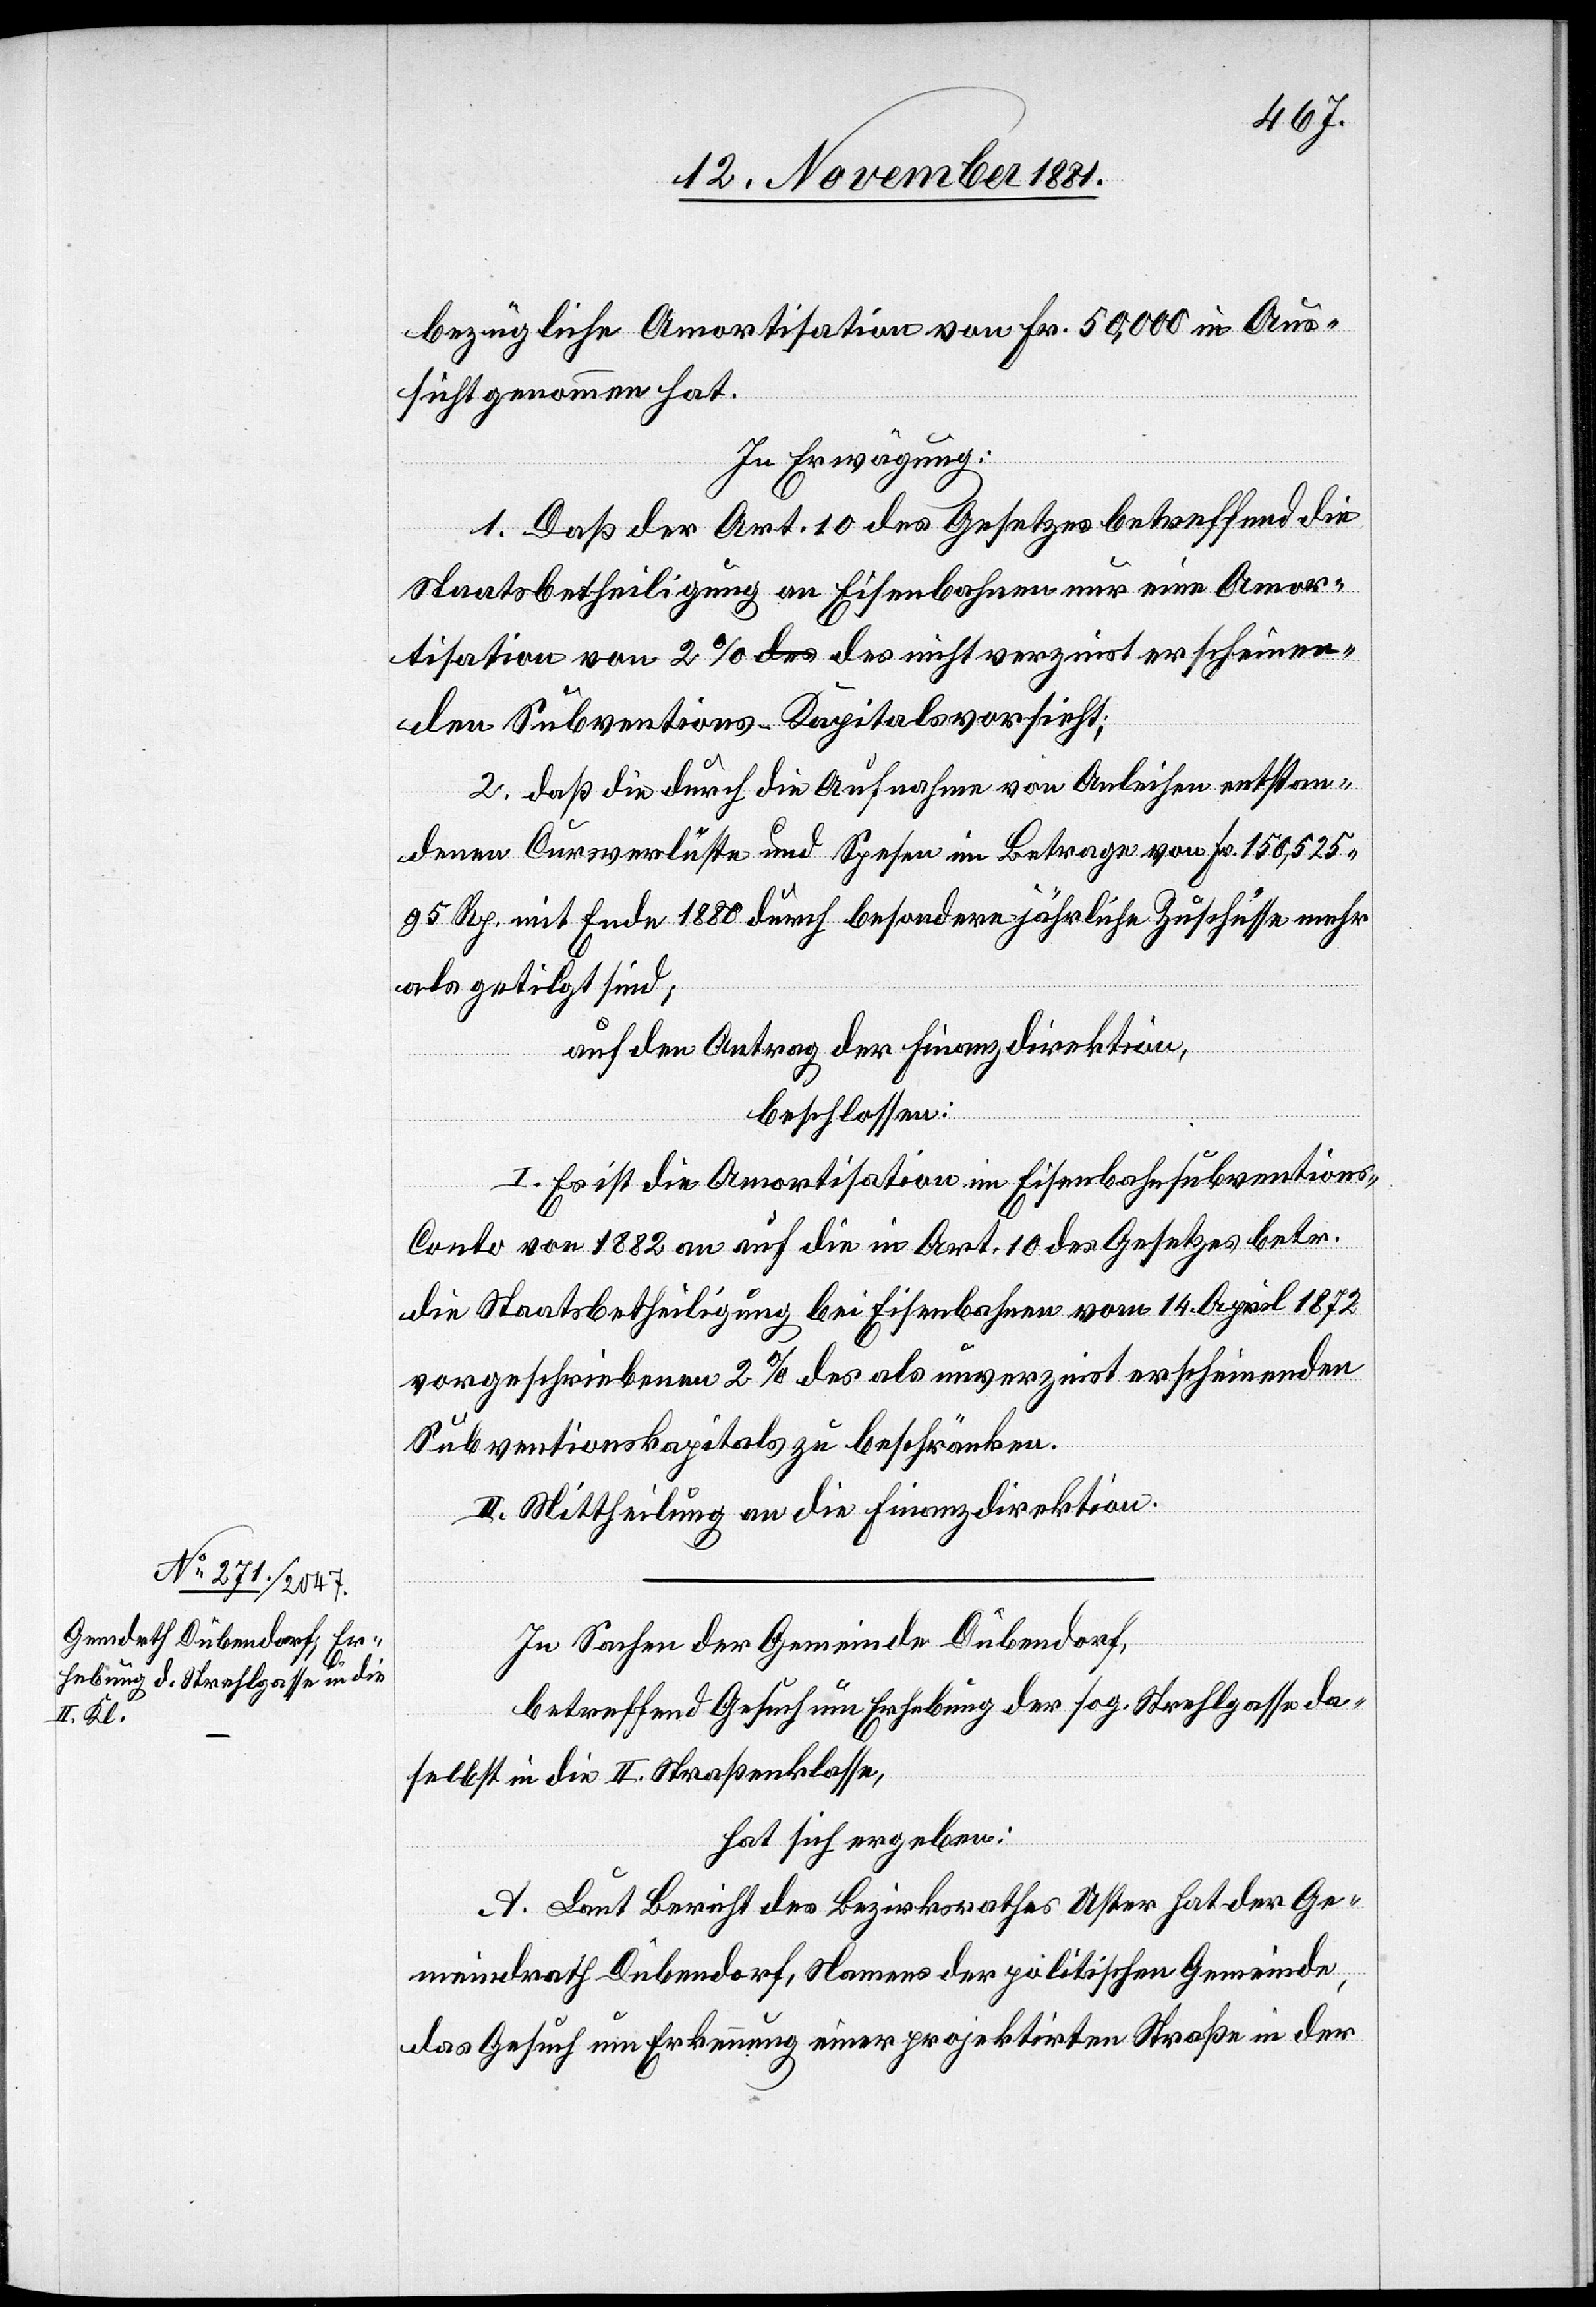
bezügliche Amortisation von Fr. 50,000 in Aus¬
sicht genommen hat.
In Erwägung:
1. Daß der Art. 10 des Gesetzes betreffend die
Staatsbetheiligung an Eisenbahnen nur eine Amor¬
tisation von 2% des nicht verzinst erscheinen¬
den Subventions-Kapitals vorsieht;
2. daß die durch die Aufnahme von Anleihen erstan¬
denen Cursverluste und Spesen im Betrage von Fr. 150,525
95 Rp. mit Ende 1880 durch besondere jährliche Zuschüsse mehr
als getilgt sind,
auf den Antrag der Finanzdirektion,
beschlossen:
I. Es ist die Amortisation im Eisenbahnsubventions-C¬
onto von 1882 an auf die in Art. 10 des Gesetzes betr.
die Staatsbetheiligung bei Eisenbahnen vom 14. April 1872
vorgeschriebenen 2% des als unverzinst erscheinenden
Subventionskapitals zu beschränken.
II. Mittheilung an die Finanzdirektion.
In Sachen der Gemeinde Dübendorf,
betreffend Gesuch um Erhebung der sog. Strehlgasse da¬
selbst in die II. Straßenklasse,
hat sich ergeben:
A. Laut Bericht des Bezirksrathes Uster hat der Ge¬
meindrath Dübendorf, Namens der politischen Gemeinde
das Gesuch um Erkennung einer projektirten Straße in der